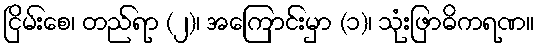
ငြိမ်းစေ၊ တည်ရာ (၂)၊ အကြောင်းမှာ (၁)၊ သုံးဖြာဓိကရဏ။